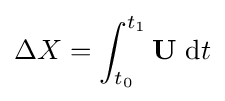
\Delta X=\int _{t_{0}}^{t_{1}}\mathbf {U} ~\mathrm {d} t